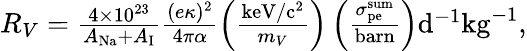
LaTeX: \begin{array}{r}{R_{V}=\frac{4\times 10^{23}}{A_{\mathrm{Na}}+A_{\mathrm{I}}}\frac{(e\kappa)^{2}}{4\pi\alpha}\left(\frac{\mathrm{keV/c^{2}}}{m_{V}}\right)\left(\frac{\sigma_{\mathrm{pe}}^{\mathrm{sum}}}{\mathrm{barn}}\right)\mathrm{d}^{-1}\mathrm{kg}^{-1},}\end{array}